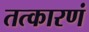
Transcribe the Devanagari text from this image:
तत्कारणं